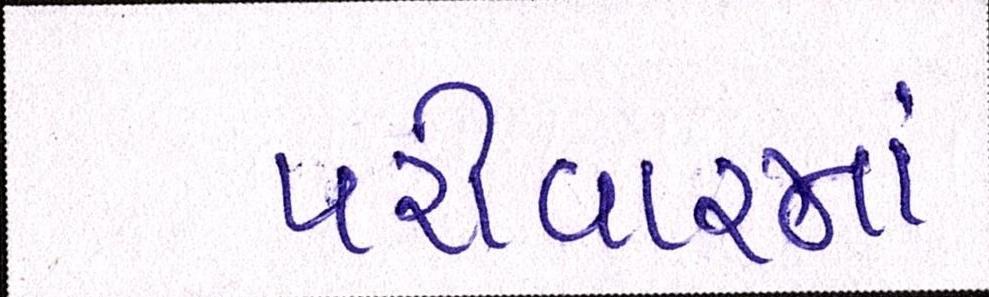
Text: પરીવારમાં